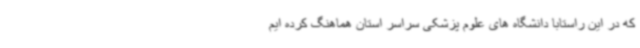
که در این راستابا دانشگاه های علوم پزشکی سراسر استان هماهنگ کرده ایم